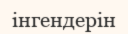
інгендерін